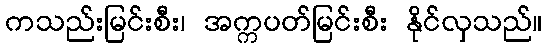
ကသည်းမြင်းစီး၊ အက္ကပတ်မြင်းစီး နိုင်လှသည်။